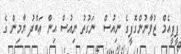
ޕީޕީއެމް ޒުވާނުންގޮފީގެ ނިއުސް  ނަގުތު ނިއުސް އިން ޢަބްދު ޔާމިން ގެ